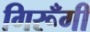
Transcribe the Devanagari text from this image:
गिरूँगी